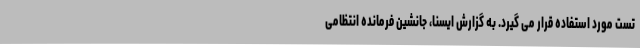
تست مورد استفاده قرار می گیرد. به گزارش ایسنا، جانشین فرمانده انتظامی